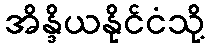
အိန္ဒိယနိုင်ငံသို့